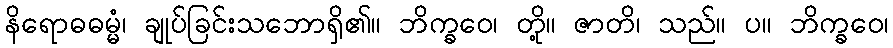
နိရောဓဓမ္မံ၊ ချုပ်ခြင်းသဘောရှိ၏။ ဘိက္ခဝေ၊ တို့။ ဇာတိ၊ သည်။ ပ။ ဘိက္ခဝေ၊